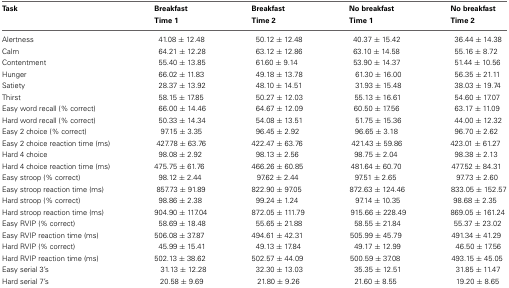
<table><thead><tr><td><b>Task</b></td><td><b>Breakfast</b></td><td><b>Breakfast</b></td><td><b>No breakfast</b></td><td><b>No breakfast</b></td></tr><tr><td></td><td><b>Time 1</b></td><td><b>Time 2</b></td><td><b>Time 1</b></td><td><b>Time 2</b></td></tr></thead><tbody><tr><td>Alertness</td><td>41.08 ± 12.48</td><td>50.12 ± 12.48</td><td>40.37 ± 15.42</td><td>36.44 ± 14.38</td></tr><tr><td>Calm</td><td>64.21 ± 12.28</td><td>63.12 ± 12.86</td><td>63.10 ± 14.58</td><td>55.16 ± 8.72</td></tr><tr><td>Contentment</td><td>55.40 ± 13.85</td><td>61.60 ± 9.14</td><td>53.90 ± 14.37</td><td>51.44 ± 10.56</td></tr><tr><td>Hunger</td><td>66.02 ± 11.83</td><td>49.18 ± 13.78</td><td>61.30 ± 16.00</td><td>56.35 ± 21.11</td></tr><tr><td>Satiety</td><td>28.37 ± 13.92</td><td>48.10 ± 14.51</td><td>31.93 ± 15.48</td><td>38.03 ± 19.74</td></tr><tr><td>Thirst</td><td>58.15 ± 17.85</td><td>50.27 ± 12.03</td><td>55.13 ± 16.61</td><td>54.60 ± 17.07</td></tr><tr><td>Easy word recall (% correct)</td><td>66.00 ± 14.46</td><td>64.67 ± 12.09</td><td>60.50 ± 17.56</td><td>63.17 ± 11.09</td></tr><tr><td>Hard word recall (% correct)</td><td>50.33 ± 14.34</td><td>54.08 ± 13.51</td><td>51.75 ± 15.36</td><td>44.00 ± 12.32</td></tr><tr><td>Easy 2 choice (% correct)</td><td>97.15 ± 3.35</td><td>96.45 ± 2.92</td><td>96.65 ± 3.18</td><td>96.70 ± 2.62</td></tr><tr><td>Easy 2 choice reaction time (ms)</td><td>427.78 ± 63.76</td><td>422.47 ± 63.76</td><td>421.43 ± 59.86</td><td>423.01 ± 61.27</td></tr><tr><td>Hard 4 choice</td><td>98.08 ± 2.92</td><td>98.13 ± 2.56</td><td>98.75 ± 2.04</td><td>98.38 ± 2.13</td></tr><tr><td>Hard 4 choice reaction time (ms)</td><td>475.75 ± 61.76</td><td>466.26 ± 60.85</td><td>481.64 ± 60.70</td><td>477.52 ± 84.31</td></tr><tr><td>Easy stroop (% correct)</td><td>98.12 ± 2.44</td><td>97.62 ± 2.44</td><td>97.51 ± 2.65</td><td>97.73 ± 2.60</td></tr><tr><td>Easy stroop reaction time (ms)</td><td>857.73 ± 91.89</td><td>822.90 ± 97.05</td><td>872.63 ± 124.46</td><td>833.05 ± 152.57</td></tr><tr><td>Hard stroop (% correct)</td><td>98.86 ± 2.38</td><td>99.24 ± 1.24</td><td>97.14 ± 10.35</td><td>98.68 ± 2.35</td></tr><tr><td>Hard stroop reaction time (ms)</td><td>904.90 ± 117.04</td><td>872.05 ± 111.79</td><td>915.66 ± 228.49</td><td>869.05 ± 161.24</td></tr><tr><td>Easy RVIP (% correct)</td><td>58.69 ± 18.48</td><td>55.65 ± 21.88</td><td>58.55 ± 21.84</td><td>55.37 ± 23.02</td></tr><tr><td>Easy RVIP reaction time (ms)</td><td>506.08 ± 37.87</td><td>494.61 ± 42.31</td><td>505.99 ± 45.79</td><td>491.34 ± 41.29</td></tr><tr><td>Hard RVIP (% correct)</td><td>45.99 ± 15.41</td><td>49.13 ± 17.84</td><td>49.17 ± 12.99</td><td>46.50 ± 17.56</td></tr><tr><td>Hard RVIP reaction time (ms)</td><td>502.13 ± 38.62</td><td>502.57 ± 44.09</td><td>500.59 ± 37.08</td><td>493.15 ± 45.05</td></tr><tr><td>Easy serial 3&#x27;s</td><td>31.13 ± 12.28</td><td>32.30 ± 13.03</td><td>35.35 ± 12.51</td><td>31.85 ± 11.47</td></tr><tr><td>Hard serial 7&#x27;s</td><td>20.58 ± 9.69</td><td>21.80 ± 9.26</td><td>21.60 ± 8.55</td><td>19.20 ± 8.65</td></tr></tbody></table>